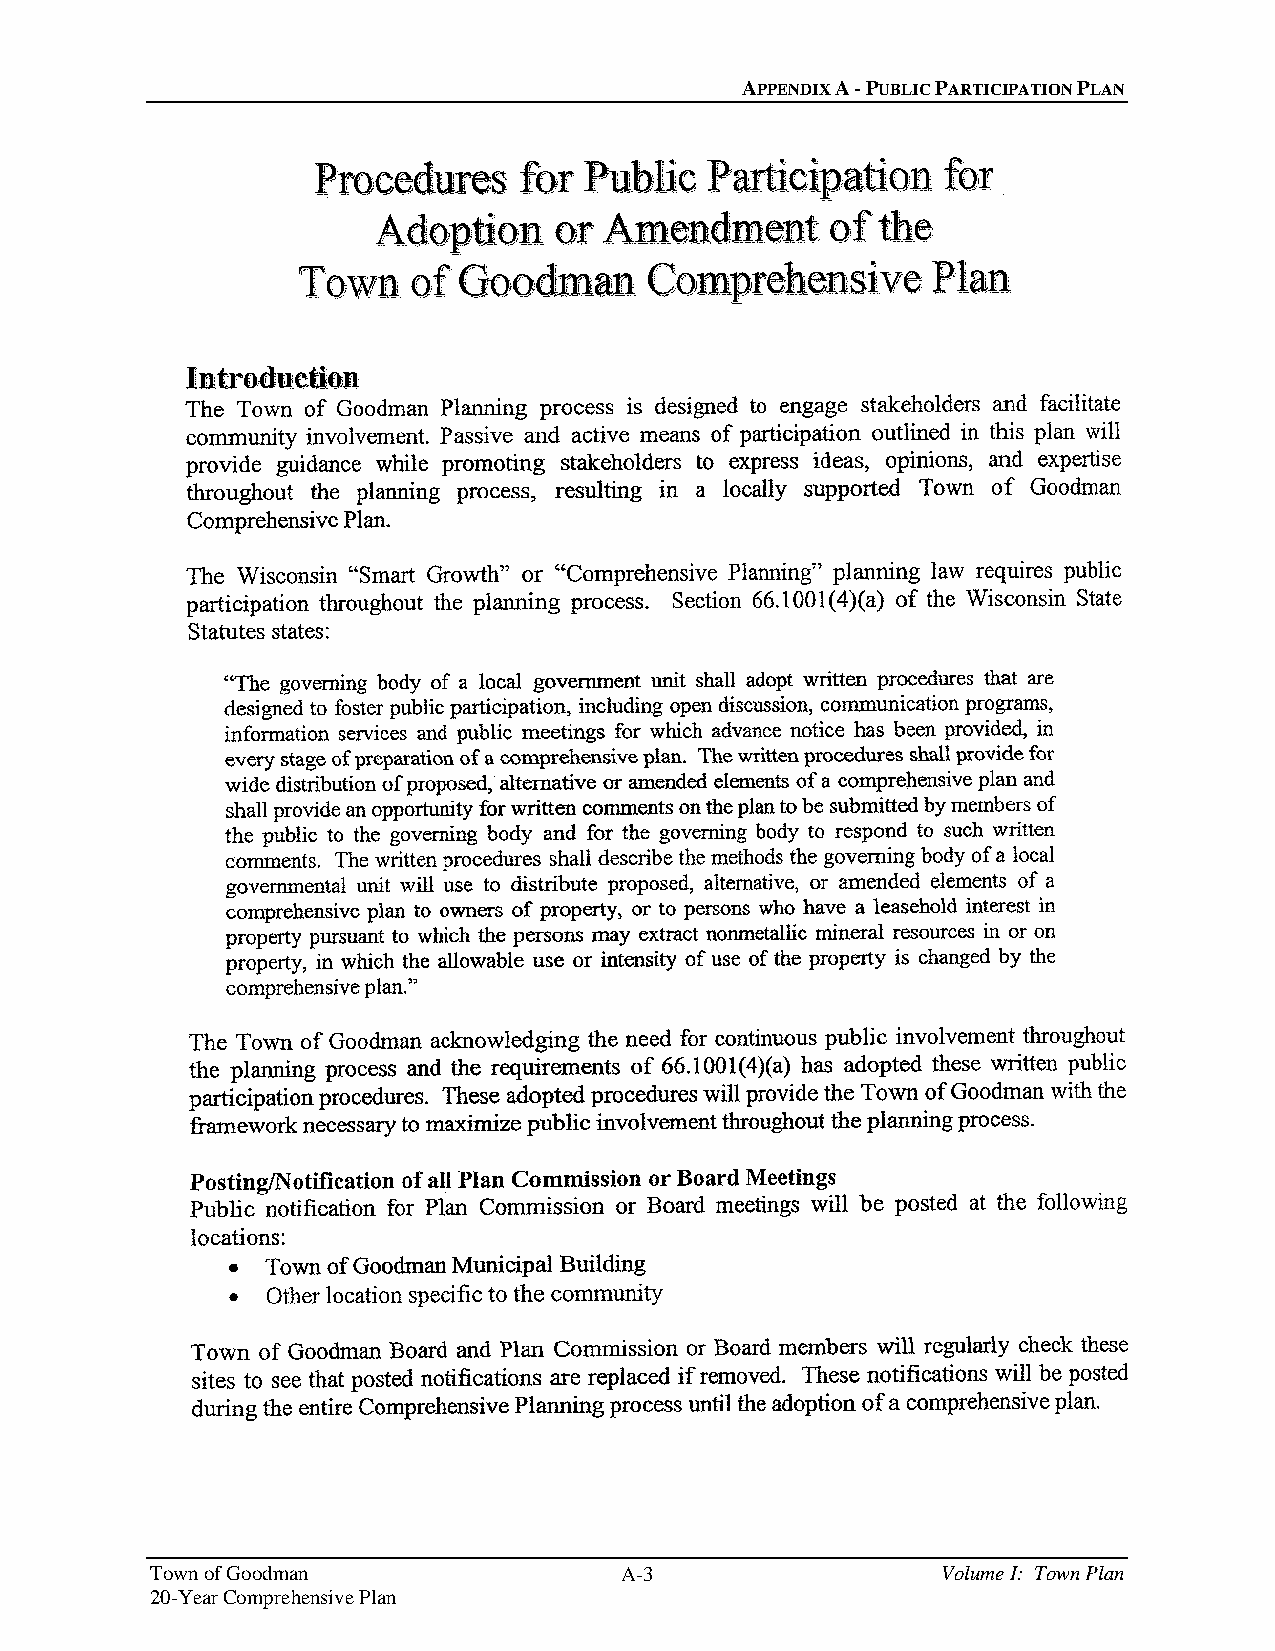
APPENDIX A - PUBLIC PARTICIPATION PLAN
 Town of Goodman                A-3                  Volume I: Town Plan
 20-Year Comprehensive Plan